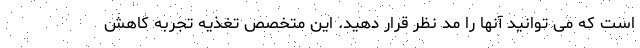
است که می توانید آنها را مد نظر قرار دهید. این متخصص تغذیه تجربه کاهش